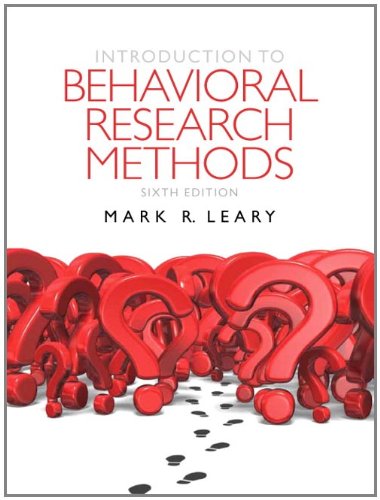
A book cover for Introduction to Behavioral Research Methods (6th Edition); Mark R. Leary; Medical Books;